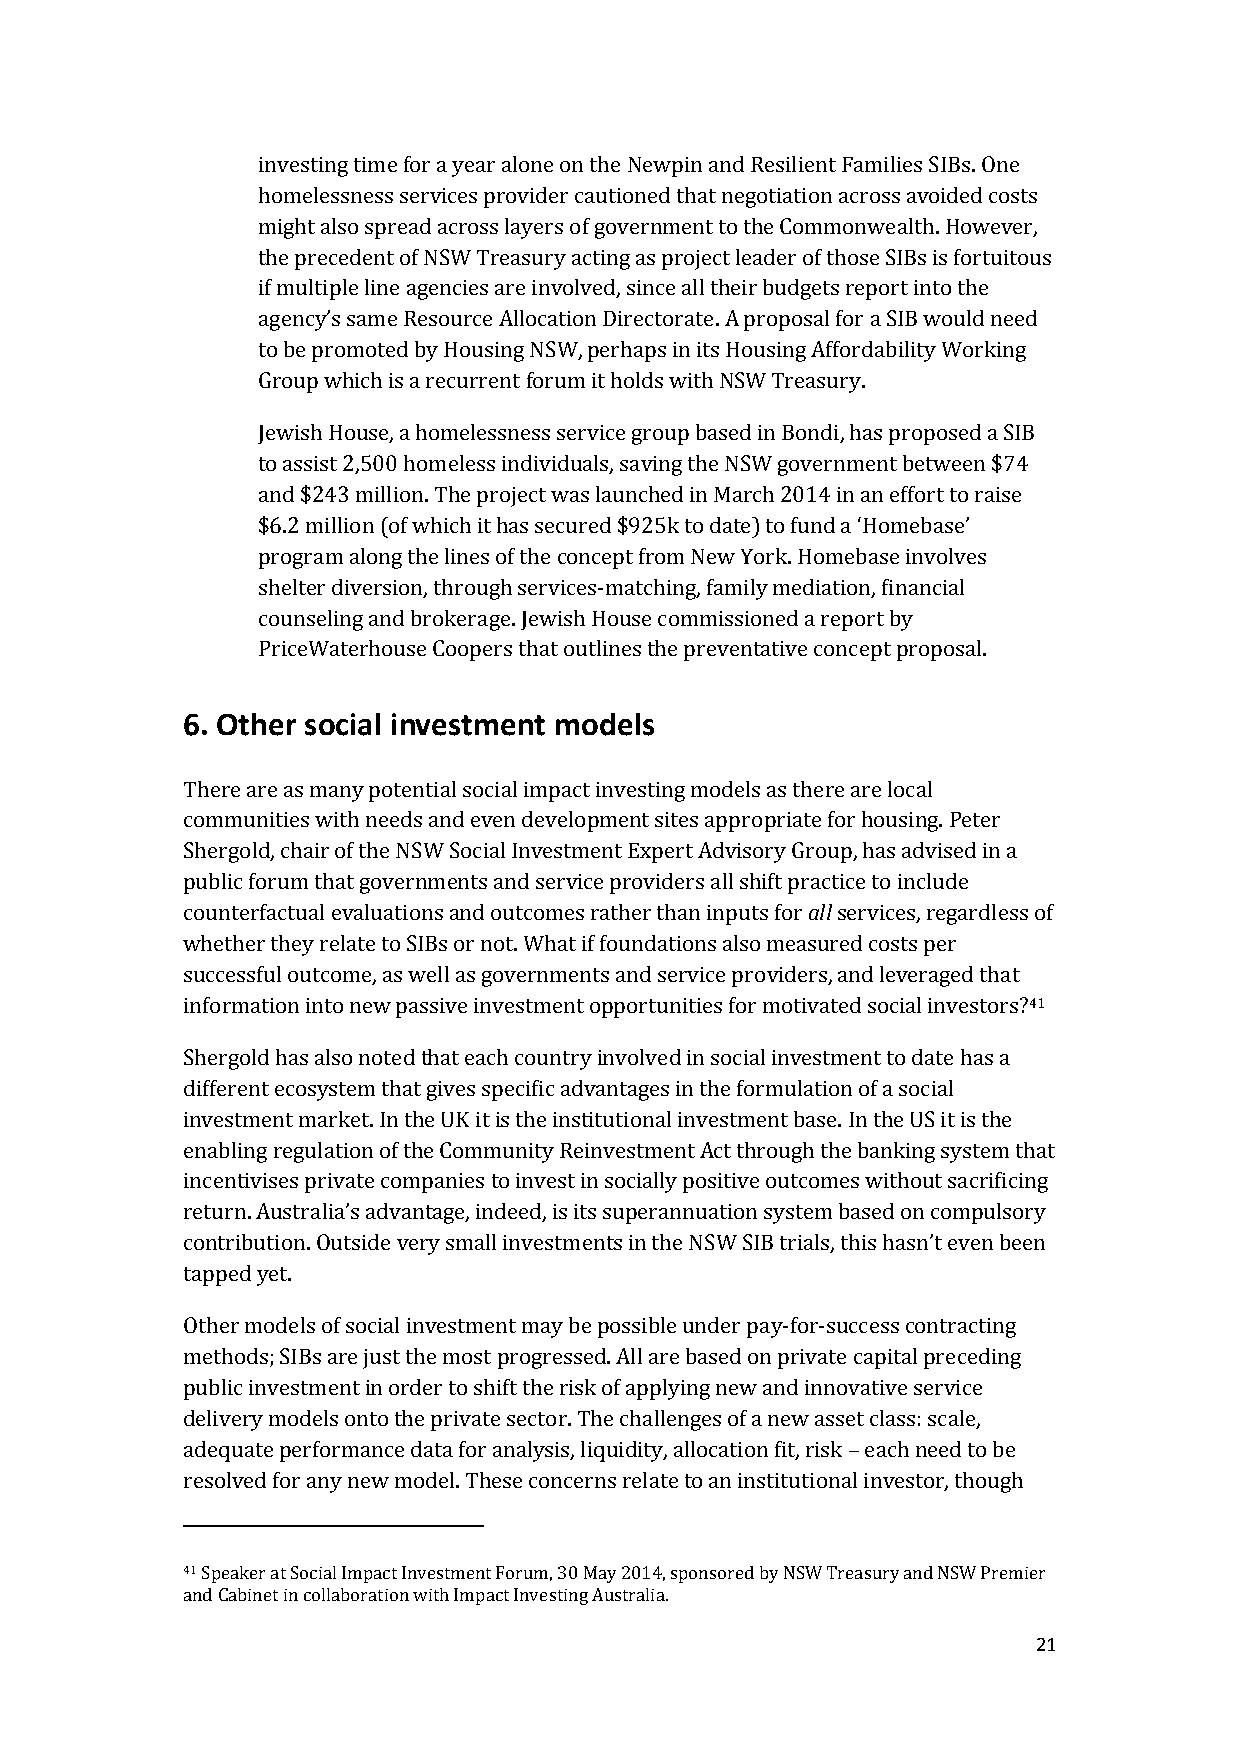
investing time for a year alone on the Newpin and Resilient Families SIBs. One
 homelessness services provider cautioned that negotiation across avoided costs
 might also spread across layers of government to the Commonwealth. However,
 the precedent of NSW Treasury acting as project leader of those SIBs is fortuitous
 if multiple line agencies are involved, since all their budgets report into the
 agency’s same Resource Allocation Directorate. A proposal for a SIB would need
 to be promoted by Housing NSW, perhaps in its Housing Affordability Working
 Group which is a recurrent forum it holds with NSW Treasury.
 Jewish House, a homelessness service group based in Bondi, has proposed a SIB
 to assist 2,500 homeless individuals, saving the NSW government between $74
 and $243 million. The project was launched in March 2014 in an effort to raise
 $6.2 million (of which it has secured $925k to date) to fund a ‘Homebase’
 program along the lines of the concept from New York. Homebase involves
 shelter diversion, through services-matching, family mediation, financial
 counseling and brokerage. Jewish House commissioned a report by
 PriceWaterhouse Coopers that outlines the preventative concept proposal.
 6. Other social investment models
 There are as many potential social impact investing models as there are local
 communities with needs and even development sites appropriate for housing. Peter
 Shergold, chair of the NSW Social Investment Expert Advisory Group, has advised in a
 public forum that governments and service providers all shift practice to include
 counterfactual evaluations and outcomes rather than inputs for all services, regardless of
 whether they relate to SIBs or not. What if foundations also measured costs per
 successful outcome, as well as governments and service providers, and leveraged that
 information into new passive investment opportunities for motivated social investors?41
 Shergold has also noted that each country involved in social investment to date has a
 different ecosystem that gives specific advantages in the formulation of a social
 investment market. In the UK it is the institutional investment base. In the US it is the
 enabling regulation of the Community Reinvestment Act through the banking system that
 incentivises private companies to invest in socially positive outcomes without sacrificing
 return. Australia’s advantage, indeed, is its superannuation system based on compulsory
 contribution. Outside very small investments in the NSW SIB trials, this hasn’t even been
 tapped yet.
 Other models of social investment may be possible under pay-for-success contracting
 methods; SIBs are just the most progressed. All are based on private capital preceding
 public investment in order to shift the risk of applying new and innovative service
 delivery models onto the private sector. The challenges of a new asset class: scale,
 adequate performance data for analysis, liquidity, allocation fit, risk – each need to be
 resolved for any new model. These concerns relate to an institutional investor, though
 41 Speaker at Social Impact Investment Forum, 30 May 2014, sponsored by NSW Treasury and NSW Premier
 and Cabinet in collaboration with Impact Investing Australia.
 21